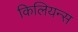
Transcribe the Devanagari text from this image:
किलियन्स